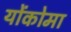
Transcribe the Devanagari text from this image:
योंकोमा